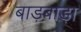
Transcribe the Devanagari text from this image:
बाड़बाड़ा